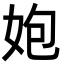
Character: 㚿